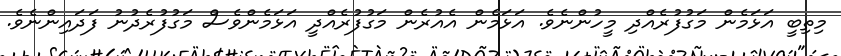
މިތިބީ އަޅަމެން މަގުފުރެއްދި މީހުންނެވެ. އަޅަމެން އެއުރެން މަގުފުރެއްދީ އަޅަމެންވެސް މަގުފުރެދުނު ފަދައިންނެވެ.